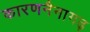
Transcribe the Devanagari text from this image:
कारणनैनागढ़